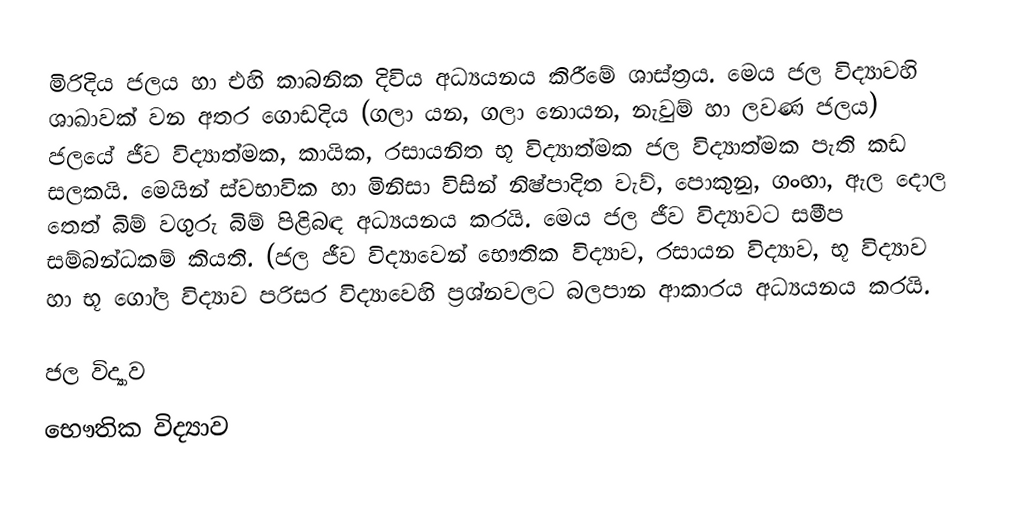
මිරිදිය ජලය හා එහි කාබනික දිවිය අධ්‍යයනය කිරීමේ ශාස්ත්‍රය. මෙය ජල විද්‍යාවහි ශාඛාවක් වන අතර ගොඩදිය (ගලා යන, ගලා නොයන, නැවුම් හා ලවණ ජලය) ජලයේ ජීව විද්‍යාත්මක, කායික, රසායනිත භූ විද්‍යාත්මක ජල විද්‍යාත්මක පැති කඩ සලකයි. මෙයින් ස්වභාවික හා මිනිසා විසින් නිෂ්පාදිත වැව්, පොකුනු, ගංඟා, ඇල දොල තෙත් බිම් වගුරු බිම් පිළිබඳ අධ්‍යයනය කරයි. මෙය ජල ජීව විද්‍යාවට සමීප සම්බන්ධකම් කියති. (ජල ජීව විද්‍යාවෙන් භෞතික විද්‍යාව, රසායන විද්‍යාව, භූ විද්‍යාව හා භූ ගෝල විද්‍යාව පරිසර විද්‍යාවෙහි ප්‍රශ්නවලට බලපාන ආකාරය අධ්‍යයනය කරයි.

ජල විද්‍යාව
භෞතික විද්‍යාව